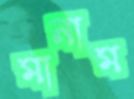
মানাম